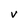
Character: V